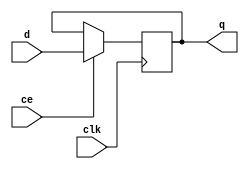
/*
* D-Flip Flop modules
* In SPI, used for controlling miso pin and for address latch
*/
module addressLatch
  #(parameter width = 7) // Address is 7 bits long
   (
    input [width - 1:0] d,
    input                  clk, ce,
    output reg [width - 1:0] q
    );

   always @(posedge clk) begin
      if (ce) begin
        q <= d;
      end
    end
endmodule

module dff
   (
    input d,
    input  clk, ce,
    output reg q
    );

   always @(posedge clk) begin
      if (ce) begin
        q <= d;
      end
    end
endmodule